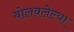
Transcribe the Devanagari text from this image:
बोलवलेल्या